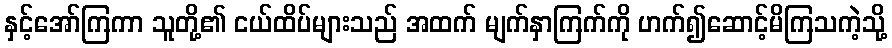
နှင့်အော်ကြကာ သူတို့၏ ငယ်ထိပ်များသည် အထက် မျက်နှာကြက်ကို ဟက်၍ဆောင့်မိကြသကဲ့သို့